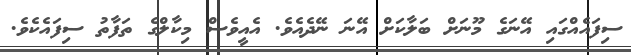
ސިފައެއްގައި އޭނަގެ މޫނަށް ބަލާކަށް އޭނަ ނޭދެއެވެ. އެއީވެސް މިކާލްގެ ތަފާތު ސިފައެކެވެ.